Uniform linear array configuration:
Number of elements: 12
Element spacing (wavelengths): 0.5
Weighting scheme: blackman
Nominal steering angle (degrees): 60
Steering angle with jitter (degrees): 61.444
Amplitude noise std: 0.05
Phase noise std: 0.05

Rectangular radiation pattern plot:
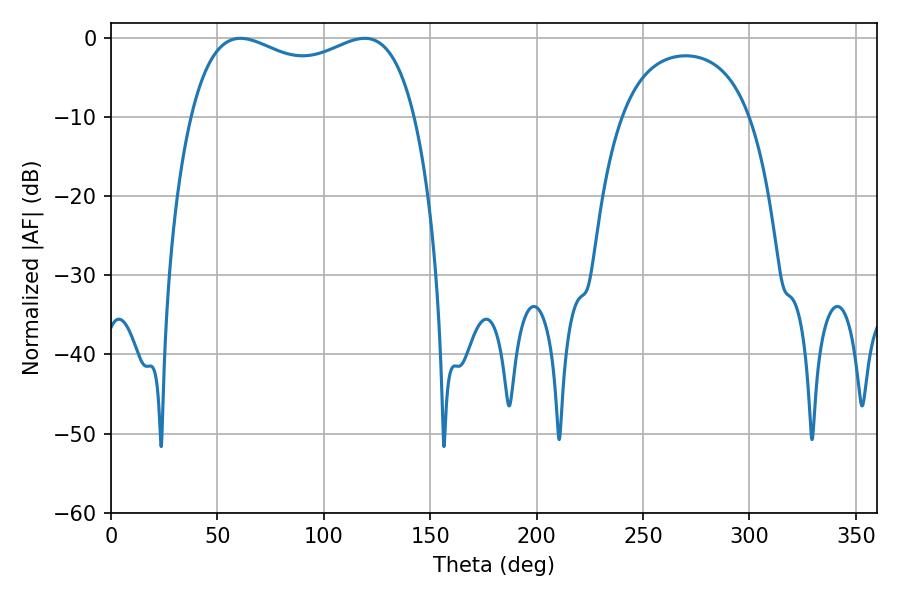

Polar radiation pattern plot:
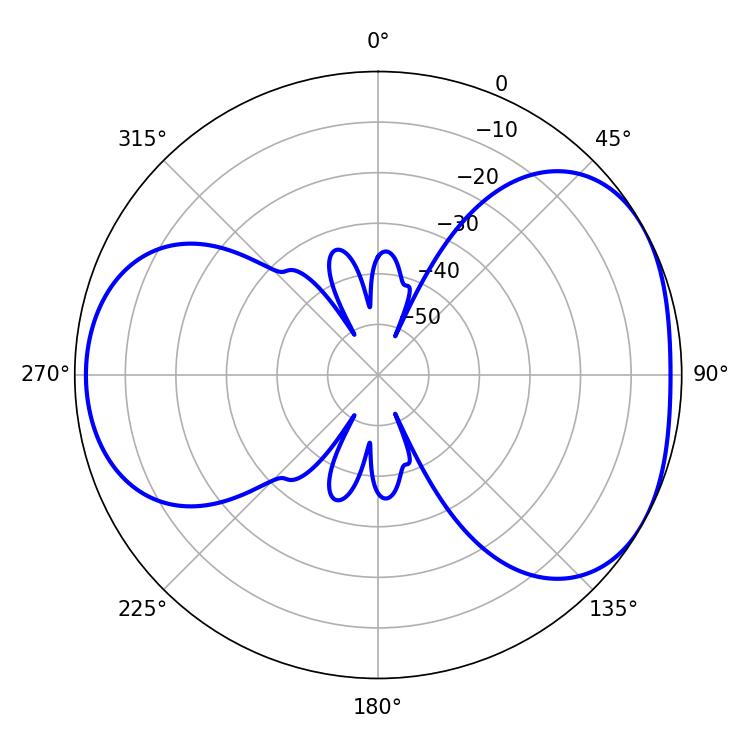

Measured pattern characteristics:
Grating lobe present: FALSE
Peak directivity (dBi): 4.376
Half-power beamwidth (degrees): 86.76
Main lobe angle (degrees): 60.84